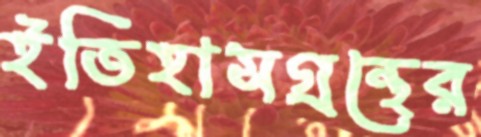
ইতিহাসগ্রন্থের